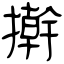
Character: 擀